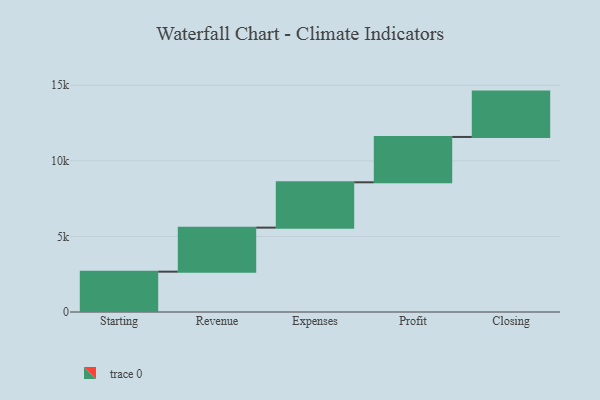
{"axis": {"x": "Step", "y": "Value"}, "legend": [""], "data": [{"x": "Starting", "y": 2668.0, "type": ""}, {"x": "Revenue", "y": 2913.0, "type": ""}, {"x": "Expenses", "y": 3000, "type": ""}, {"x": "Profit", "y": 3000, "type": ""}, {"x": "Closing", "y": 3000, "type": ""}]}